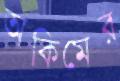
অকিমের